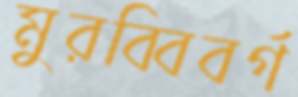
মুরব্বিবর্গ